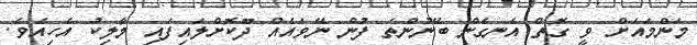
މަންމައަށް ވީ ގޮތް އެނގެން ބޭނުންތަ ފުން ނޭވައެއް ދޫކޮށްލައިފައި މާލިކު އެހިއެވެ.